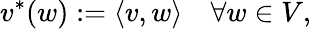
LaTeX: v^{*}(w):=\langle v,w\rangle\quad\forall w\in V,